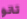
تانو